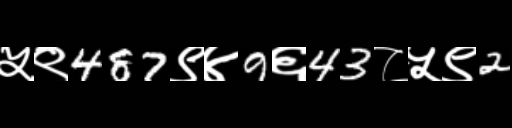
Text: ५९487९४9६43८५९2